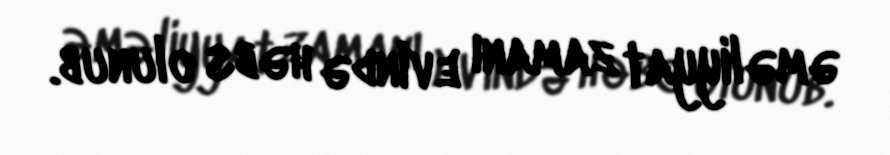
əməliyyat zamanı evində həbs olunub.